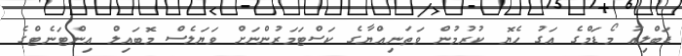
ޑަބްލިއު މޯޑަމްގެ އަގު ހެޔޮ ކުރުމުން ވަތަނިއްޔާގެ ކަސްޓަމަރުންނަށް ވަޔަލެސް މޮބައިލް އިންޓަނެޓްގެ